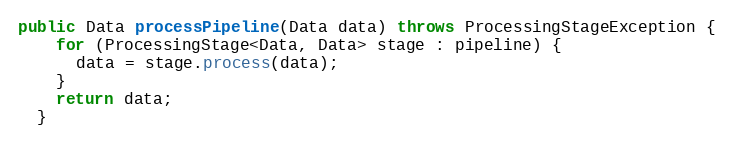
Language: Java
public Data processPipeline(Data data) throws ProcessingStageException {
    for (ProcessingStage<Data, Data> stage : pipeline) {
      data = stage.process(data);
    }
    return data;
  }